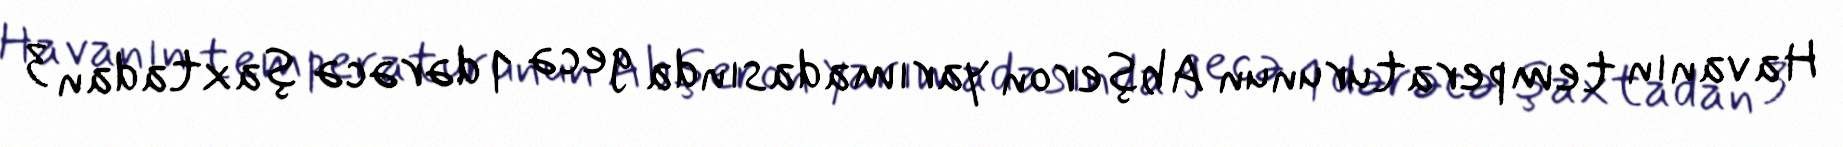
Havanın temperaturunun Abşeron yarımadasında gecə 1 dərəcə şaxtadan 3